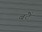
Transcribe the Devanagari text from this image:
बंटें